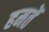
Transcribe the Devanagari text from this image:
हमतें